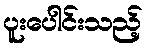
ပူးပေါင်းသည့်